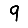
Digit: 9